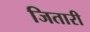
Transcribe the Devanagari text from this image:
जितारी